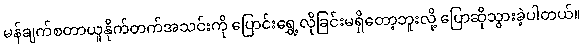
မန်ချက်စတာယူနိုက်တက်အသင်းကို ပြောင်းရွှေ့လိုခြင်းမရှိတော့ဘူးလို့ ပြောဆိုသွားခဲ့ပါတယ်။